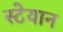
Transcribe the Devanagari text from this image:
स्टेयान